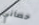
حصاني